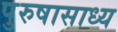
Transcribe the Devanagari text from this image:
पुरुषासाध्य